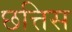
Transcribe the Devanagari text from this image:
छत्तिस